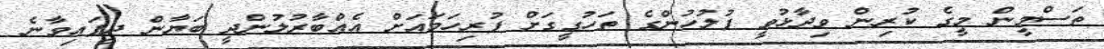
ތަސްމީން މީގެ ކުރިން ވިދާޅުވީ ފުލުުހުންގެ ތަހުގީގަށް ފުރިހަމައަށް އެއްބާރުލުންދީ ބަޔާން ދީފައިވާނެ